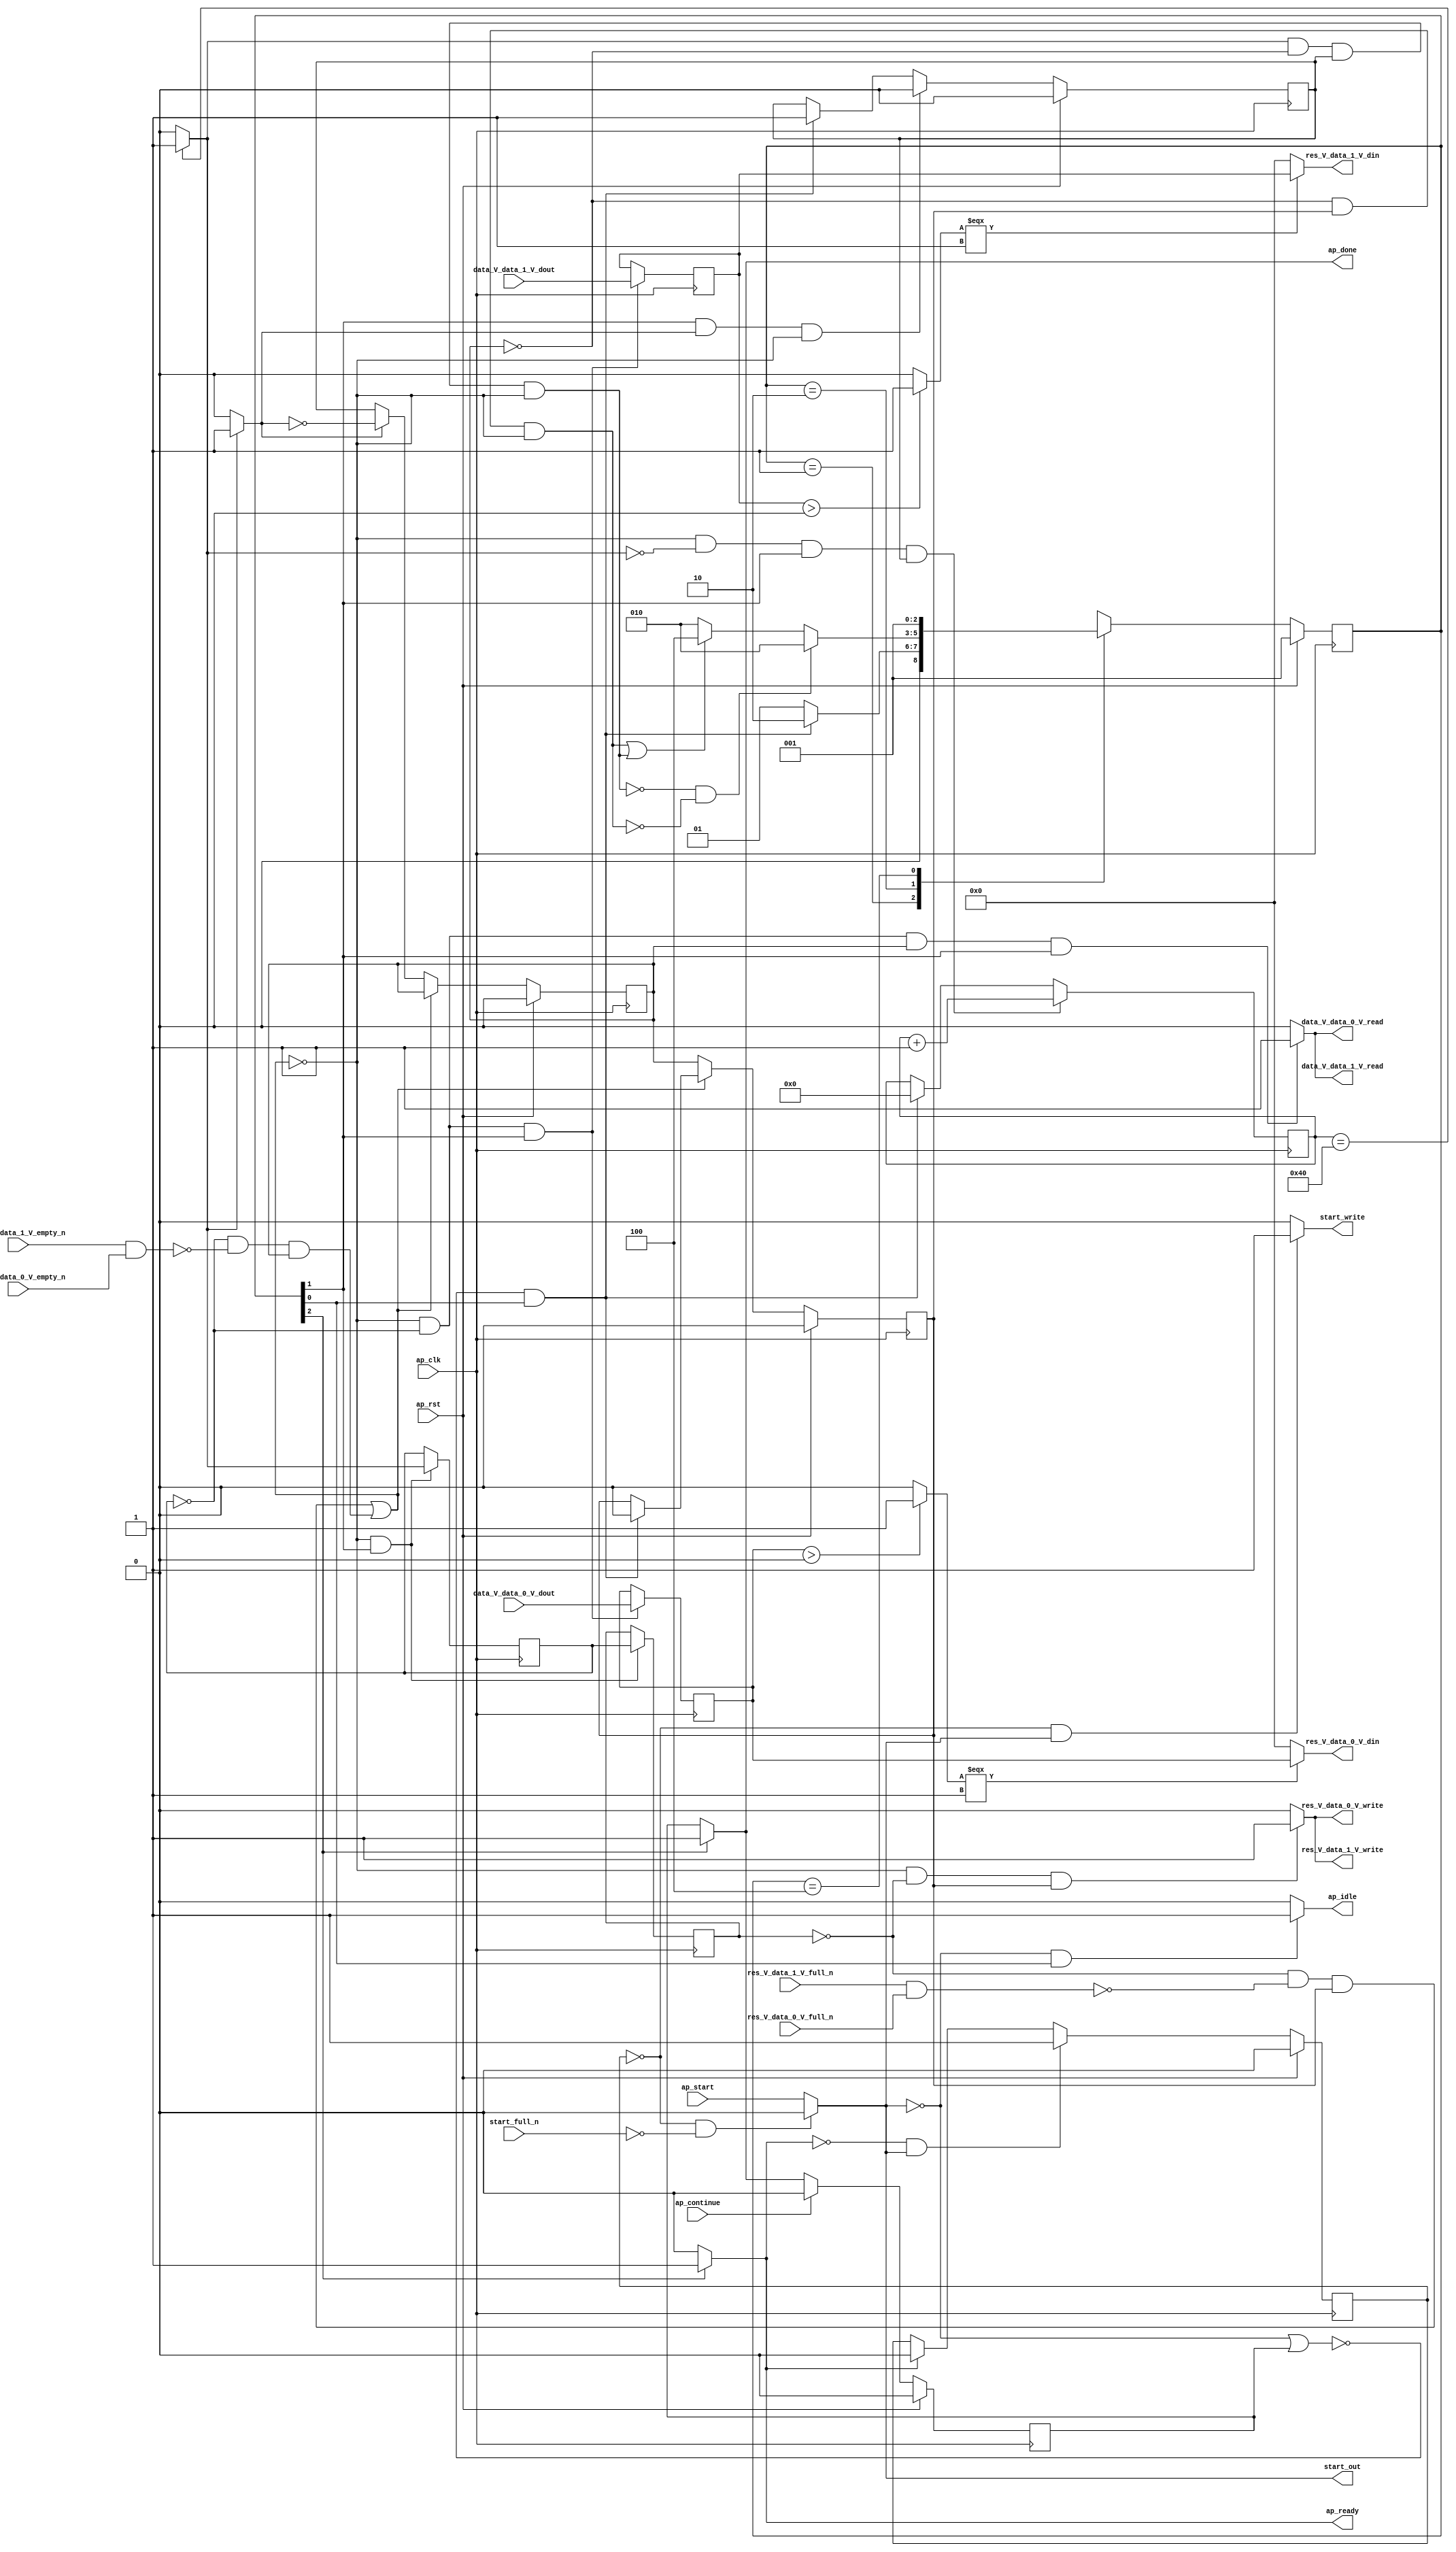
// ==============================================================
// RTL generated by Vivado(TM) HLS - High-Level Synthesis from C, C++ and SystemC
// Version: 2018.2
// Copyright (C) 1986-2018 Xilinx, Inc. All Rights Reserved.
// 
// ===========================================================

`timescale 1 ns / 1 ps 

module relu_array_array_ap_fixed_2u_relu_config3_s (
        ap_clk,
        ap_rst,
        ap_start,
        start_full_n,
        ap_done,
        ap_continue,
        ap_idle,
        ap_ready,
        start_out,
        start_write,
        data_V_data_0_V_dout,
        data_V_data_0_V_empty_n,
        data_V_data_0_V_read,
        data_V_data_1_V_dout,
        data_V_data_1_V_empty_n,
        data_V_data_1_V_read,
        res_V_data_0_V_din,
        res_V_data_0_V_full_n,
        res_V_data_0_V_write,
        res_V_data_1_V_din,
        res_V_data_1_V_full_n,
        res_V_data_1_V_write
);

parameter    ap_ST_fsm_state1 = 3'd1;
parameter    ap_ST_fsm_pp0_stage0 = 3'd2;
parameter    ap_ST_fsm_state5 = 3'd4;

input   ap_clk;
input   ap_rst;
input   ap_start;
input   start_full_n;
output   ap_done;
input   ap_continue;
output   ap_idle;
output   ap_ready;
output   start_out;
output   start_write;
input  [7:0] data_V_data_0_V_dout;
input   data_V_data_0_V_empty_n;
output   data_V_data_0_V_read;
input  [7:0] data_V_data_1_V_dout;
input   data_V_data_1_V_empty_n;
output   data_V_data_1_V_read;
output  [7:0] res_V_data_0_V_din;
input   res_V_data_0_V_full_n;
output   res_V_data_0_V_write;
output  [7:0] res_V_data_1_V_din;
input   res_V_data_1_V_full_n;
output   res_V_data_1_V_write;

reg ap_done;
reg ap_idle;
reg start_write;

reg    real_start;
reg    start_once_reg;
reg    ap_done_reg;
(* fsm_encoding = "none" *) reg   [2:0] ap_CS_fsm;
wire    ap_CS_fsm_state1;
reg    internal_ap_ready;
reg    data_V_data_0_V_blk_n;
wire    ap_CS_fsm_pp0_stage0;
reg    ap_enable_reg_pp0_iter1;
wire    ap_block_pp0_stage0;
reg   [0:0] tmp_reg_173;
reg    data_V_data_1_V_blk_n;
reg    res_V_data_0_V_blk_n;
reg    ap_enable_reg_pp0_iter2;
reg   [0:0] tmp_reg_173_pp0_iter1_reg;
reg    res_V_data_1_V_blk_n;
reg   [6:0] i_reg_116;
wire   [0:0] tmp_fu_127_p2;
wire    ap_block_state2_pp0_stage0_iter0;
wire    data_V_data_0_V0_status;
reg    ap_block_state3_pp0_stage0_iter1;
wire    res_V_data_0_V1_status;
reg    ap_block_state4_pp0_stage0_iter2;
reg    ap_block_pp0_stage0_11001;
wire   [6:0] i_1_fu_133_p2;
reg    ap_enable_reg_pp0_iter0;
reg   [7:0] tmp_data_0_V_reg_182;
reg   [7:0] tmp_data_1_V_reg_188;
reg    ap_block_state1;
reg    ap_block_pp0_stage0_subdone;
reg    ap_condition_pp0_exit_iter0_state2;
reg    data_V_data_0_V0_update;
reg    res_V_data_0_V1_update;
reg    ap_block_pp0_stage0_01001;
wire   [0:0] tmp_13_fu_147_p2;
wire   [0:0] tmp_13_1_fu_160_p2;
wire    ap_CS_fsm_state5;
reg   [2:0] ap_NS_fsm;
reg    ap_idle_pp0;
wire    ap_enable_pp0;

// power-on initialization
initial begin
#0 start_once_reg = 1'b0;
#0 ap_done_reg = 1'b0;
#0 ap_CS_fsm = 3'd1;
#0 ap_enable_reg_pp0_iter1 = 1'b0;
#0 ap_enable_reg_pp0_iter2 = 1'b0;
#0 ap_enable_reg_pp0_iter0 = 1'b0;
end

always @ (posedge ap_clk) begin
    if (ap_rst == 1'b1) begin
        ap_CS_fsm <= ap_ST_fsm_state1;
    end else begin
        ap_CS_fsm <= ap_NS_fsm;
    end
end

always @ (posedge ap_clk) begin
    if (ap_rst == 1'b1) begin
        ap_done_reg <= 1'b0;
    end else begin
        if ((ap_continue == 1'b1)) begin
            ap_done_reg <= 1'b0;
        end else if ((1'b1 == ap_CS_fsm_state5)) begin
            ap_done_reg <= 1'b1;
        end
    end
end

always @ (posedge ap_clk) begin
    if (ap_rst == 1'b1) begin
        ap_enable_reg_pp0_iter0 <= 1'b0;
    end else begin
        if (((1'b1 == ap_CS_fsm_pp0_stage0) & (1'b1 == ap_condition_pp0_exit_iter0_state2) & (1'b0 == ap_block_pp0_stage0_subdone))) begin
            ap_enable_reg_pp0_iter0 <= 1'b0;
        end else if ((~((real_start == 1'b0) | (ap_done_reg == 1'b1)) & (1'b1 == ap_CS_fsm_state1))) begin
            ap_enable_reg_pp0_iter0 <= 1'b1;
        end
    end
end

always @ (posedge ap_clk) begin
    if (ap_rst == 1'b1) begin
        ap_enable_reg_pp0_iter1 <= 1'b0;
    end else begin
        if ((1'b0 == ap_block_pp0_stage0_subdone)) begin
            if ((1'b1 == ap_condition_pp0_exit_iter0_state2)) begin
                ap_enable_reg_pp0_iter1 <= (1'b1 ^ ap_condition_pp0_exit_iter0_state2);
            end else if ((1'b1 == 1'b1)) begin
                ap_enable_reg_pp0_iter1 <= ap_enable_reg_pp0_iter0;
            end
        end
    end
end

always @ (posedge ap_clk) begin
    if (ap_rst == 1'b1) begin
        ap_enable_reg_pp0_iter2 <= 1'b0;
    end else begin
        if ((1'b0 == ap_block_pp0_stage0_subdone)) begin
            ap_enable_reg_pp0_iter2 <= ap_enable_reg_pp0_iter1;
        end else if ((~((real_start == 1'b0) | (ap_done_reg == 1'b1)) & (1'b1 == ap_CS_fsm_state1))) begin
            ap_enable_reg_pp0_iter2 <= 1'b0;
        end
    end
end

always @ (posedge ap_clk) begin
    if (ap_rst == 1'b1) begin
        start_once_reg <= 1'b0;
    end else begin
        if (((internal_ap_ready == 1'b0) & (real_start == 1'b1))) begin
            start_once_reg <= 1'b1;
        end else if ((internal_ap_ready == 1'b1)) begin
            start_once_reg <= 1'b0;
        end
    end
end

always @ (posedge ap_clk) begin
    if (((1'b0 == ap_block_pp0_stage0_11001) & (tmp_fu_127_p2 == 1'd0) & (1'b1 == ap_CS_fsm_pp0_stage0) & (ap_enable_reg_pp0_iter0 == 1'b1))) begin
        i_reg_116 <= i_1_fu_133_p2;
    end else if ((~((real_start == 1'b0) | (ap_done_reg == 1'b1)) & (1'b1 == ap_CS_fsm_state1))) begin
        i_reg_116 <= 7'd0;
    end
end

always @ (posedge ap_clk) begin
    if (((1'b0 == ap_block_pp0_stage0_11001) & (tmp_reg_173 == 1'd0) & (1'b1 == ap_CS_fsm_pp0_stage0))) begin
        tmp_data_0_V_reg_182 <= data_V_data_0_V_dout;
        tmp_data_1_V_reg_188 <= data_V_data_1_V_dout;
    end
end

always @ (posedge ap_clk) begin
    if (((1'b0 == ap_block_pp0_stage0_11001) & (1'b1 == ap_CS_fsm_pp0_stage0))) begin
        tmp_reg_173 <= tmp_fu_127_p2;
        tmp_reg_173_pp0_iter1_reg <= tmp_reg_173;
    end
end

always @ (*) begin
    if ((tmp_fu_127_p2 == 1'd1)) begin
        ap_condition_pp0_exit_iter0_state2 = 1'b1;
    end else begin
        ap_condition_pp0_exit_iter0_state2 = 1'b0;
    end
end

always @ (*) begin
    if ((1'b1 == ap_CS_fsm_state5)) begin
        ap_done = 1'b1;
    end else begin
        ap_done = ap_done_reg;
    end
end

always @ (*) begin
    if (((real_start == 1'b0) & (1'b1 == ap_CS_fsm_state1))) begin
        ap_idle = 1'b1;
    end else begin
        ap_idle = 1'b0;
    end
end

always @ (*) begin
    if (((ap_enable_reg_pp0_iter2 == 1'b0) & (ap_enable_reg_pp0_iter1 == 1'b0) & (ap_enable_reg_pp0_iter0 == 1'b0))) begin
        ap_idle_pp0 = 1'b1;
    end else begin
        ap_idle_pp0 = 1'b0;
    end
end

always @ (*) begin
    if (((1'b0 == ap_block_pp0_stage0_11001) & (tmp_reg_173 == 1'd0) & (ap_enable_reg_pp0_iter1 == 1'b1) & (1'b1 == ap_CS_fsm_pp0_stage0))) begin
        data_V_data_0_V0_update = 1'b1;
    end else begin
        data_V_data_0_V0_update = 1'b0;
    end
end

always @ (*) begin
    if (((tmp_reg_173 == 1'd0) & (1'b0 == ap_block_pp0_stage0) & (ap_enable_reg_pp0_iter1 == 1'b1) & (1'b1 == ap_CS_fsm_pp0_stage0))) begin
        data_V_data_0_V_blk_n = data_V_data_0_V_empty_n;
    end else begin
        data_V_data_0_V_blk_n = 1'b1;
    end
end

always @ (*) begin
    if (((tmp_reg_173 == 1'd0) & (1'b0 == ap_block_pp0_stage0) & (ap_enable_reg_pp0_iter1 == 1'b1) & (1'b1 == ap_CS_fsm_pp0_stage0))) begin
        data_V_data_1_V_blk_n = data_V_data_1_V_empty_n;
    end else begin
        data_V_data_1_V_blk_n = 1'b1;
    end
end

always @ (*) begin
    if ((1'b1 == ap_CS_fsm_state5)) begin
        internal_ap_ready = 1'b1;
    end else begin
        internal_ap_ready = 1'b0;
    end
end

always @ (*) begin
    if (((start_once_reg == 1'b0) & (start_full_n == 1'b0))) begin
        real_start = 1'b0;
    end else begin
        real_start = ap_start;
    end
end

always @ (*) begin
    if (((1'b0 == ap_block_pp0_stage0_11001) & (tmp_reg_173_pp0_iter1_reg == 1'd0) & (ap_enable_reg_pp0_iter2 == 1'b1))) begin
        res_V_data_0_V1_update = 1'b1;
    end else begin
        res_V_data_0_V1_update = 1'b0;
    end
end

always @ (*) begin
    if (((tmp_reg_173_pp0_iter1_reg == 1'd0) & (1'b0 == ap_block_pp0_stage0) & (ap_enable_reg_pp0_iter2 == 1'b1))) begin
        res_V_data_0_V_blk_n = res_V_data_0_V_full_n;
    end else begin
        res_V_data_0_V_blk_n = 1'b1;
    end
end

always @ (*) begin
    if (((tmp_reg_173_pp0_iter1_reg == 1'd0) & (1'b0 == ap_block_pp0_stage0) & (ap_enable_reg_pp0_iter2 == 1'b1))) begin
        res_V_data_1_V_blk_n = res_V_data_1_V_full_n;
    end else begin
        res_V_data_1_V_blk_n = 1'b1;
    end
end

always @ (*) begin
    if (((start_once_reg == 1'b0) & (real_start == 1'b1))) begin
        start_write = 1'b1;
    end else begin
        start_write = 1'b0;
    end
end

always @ (*) begin
    case (ap_CS_fsm)
        ap_ST_fsm_state1 : begin
            if ((~((real_start == 1'b0) | (ap_done_reg == 1'b1)) & (1'b1 == ap_CS_fsm_state1))) begin
                ap_NS_fsm = ap_ST_fsm_pp0_stage0;
            end else begin
                ap_NS_fsm = ap_ST_fsm_state1;
            end
        end
        ap_ST_fsm_pp0_stage0 : begin
            if ((~((tmp_fu_127_p2 == 1'd1) & (ap_enable_reg_pp0_iter1 == 1'b0) & (ap_enable_reg_pp0_iter0 == 1'b1) & (1'b0 == ap_block_pp0_stage0_subdone)) & ~((ap_enable_reg_pp0_iter1 == 1'b0) & (ap_enable_reg_pp0_iter2 == 1'b1) & (1'b0 == ap_block_pp0_stage0_subdone)))) begin
                ap_NS_fsm = ap_ST_fsm_pp0_stage0;
            end else if ((((ap_enable_reg_pp0_iter1 == 1'b0) & (ap_enable_reg_pp0_iter2 == 1'b1) & (1'b0 == ap_block_pp0_stage0_subdone)) | ((tmp_fu_127_p2 == 1'd1) & (ap_enable_reg_pp0_iter1 == 1'b0) & (ap_enable_reg_pp0_iter0 == 1'b1) & (1'b0 == ap_block_pp0_stage0_subdone)))) begin
                ap_NS_fsm = ap_ST_fsm_state5;
            end else begin
                ap_NS_fsm = ap_ST_fsm_pp0_stage0;
            end
        end
        ap_ST_fsm_state5 : begin
            ap_NS_fsm = ap_ST_fsm_state1;
        end
        default : begin
            ap_NS_fsm = 'bx;
        end
    endcase
end

assign ap_CS_fsm_pp0_stage0 = ap_CS_fsm[32'd1];

assign ap_CS_fsm_state1 = ap_CS_fsm[32'd0];

assign ap_CS_fsm_state5 = ap_CS_fsm[32'd2];

assign ap_block_pp0_stage0 = ~(1'b1 == 1'b1);

always @ (*) begin
    ap_block_pp0_stage0_01001 = (((tmp_reg_173_pp0_iter1_reg == 1'd0) & (res_V_data_0_V1_status == 1'b0) & (ap_enable_reg_pp0_iter2 == 1'b1)) | ((tmp_reg_173 == 1'd0) & (data_V_data_0_V0_status == 1'b0) & (ap_enable_reg_pp0_iter1 == 1'b1)));
end

always @ (*) begin
    ap_block_pp0_stage0_11001 = (((tmp_reg_173_pp0_iter1_reg == 1'd0) & (res_V_data_0_V1_status == 1'b0) & (ap_enable_reg_pp0_iter2 == 1'b1)) | ((tmp_reg_173 == 1'd0) & (data_V_data_0_V0_status == 1'b0) & (ap_enable_reg_pp0_iter1 == 1'b1)));
end

always @ (*) begin
    ap_block_pp0_stage0_subdone = (((tmp_reg_173_pp0_iter1_reg == 1'd0) & (res_V_data_0_V1_status == 1'b0) & (ap_enable_reg_pp0_iter2 == 1'b1)) | ((tmp_reg_173 == 1'd0) & (data_V_data_0_V0_status == 1'b0) & (ap_enable_reg_pp0_iter1 == 1'b1)));
end

always @ (*) begin
    ap_block_state1 = ((real_start == 1'b0) | (ap_done_reg == 1'b1));
end

assign ap_block_state2_pp0_stage0_iter0 = ~(1'b1 == 1'b1);

always @ (*) begin
    ap_block_state3_pp0_stage0_iter1 = ((tmp_reg_173 == 1'd0) & (data_V_data_0_V0_status == 1'b0));
end

always @ (*) begin
    ap_block_state4_pp0_stage0_iter2 = ((tmp_reg_173_pp0_iter1_reg == 1'd0) & (res_V_data_0_V1_status == 1'b0));
end

assign ap_enable_pp0 = (ap_idle_pp0 ^ 1'b1);

assign ap_ready = internal_ap_ready;

assign data_V_data_0_V0_status = (data_V_data_1_V_empty_n & data_V_data_0_V_empty_n);

assign data_V_data_0_V_read = data_V_data_0_V0_update;

assign data_V_data_1_V_read = data_V_data_0_V0_update;

assign i_1_fu_133_p2 = (i_reg_116 + 7'd1);

assign res_V_data_0_V1_status = (res_V_data_1_V_full_n & res_V_data_0_V_full_n);

assign res_V_data_0_V_din = ((tmp_13_fu_147_p2[0:0] === 1'b1) ? tmp_data_0_V_reg_182 : 8'd0);

assign res_V_data_0_V_write = res_V_data_0_V1_update;

assign res_V_data_1_V_din = ((tmp_13_1_fu_160_p2[0:0] === 1'b1) ? tmp_data_1_V_reg_188 : 8'd0);

assign res_V_data_1_V_write = res_V_data_0_V1_update;

assign start_out = real_start;

assign tmp_13_1_fu_160_p2 = (($signed(tmp_data_1_V_reg_188) > $signed(8'd0)) ? 1'b1 : 1'b0);

assign tmp_13_fu_147_p2 = (($signed(tmp_data_0_V_reg_182) > $signed(8'd0)) ? 1'b1 : 1'b0);

assign tmp_fu_127_p2 = ((i_reg_116 == 7'd64) ? 1'b1 : 1'b0);

endmodule //relu_array_array_ap_fixed_2u_relu_config3_s